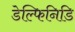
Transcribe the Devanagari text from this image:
डेल्फिनिडि